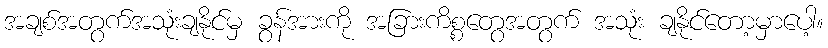
အချစ်အတွက်အသုံးချနိုင်မှ ခွန်အားကို အခြားကိစ္စတွေအတွက် အသုံး ချနိုင်တော့မှာပေါ့။